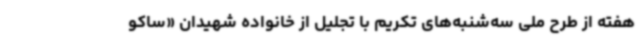
هفته از طرح ملی سه‌شنبه‌های تکریم با تجلیل از خانواده شهیدان «ساکو